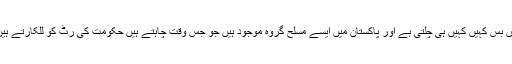
کیا ان لوگوں کو نظر نہیں آرہا کہ حکومت پاکستان کی رٹ دن کے اجالے میں بس کہیں کہیں ہی چلتی ہے اور پاکستان میں ایسے مسلح گروہ موجود ہیں جو جس وقت چاہتے ہیں حکومت کی رٹ کو للکارتے ہیں اور دوسری طرف سے محض بکری کی ممیانے کی آواز سناءی دیتی ہے؟